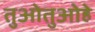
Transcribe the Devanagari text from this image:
तुओतुओहे